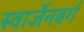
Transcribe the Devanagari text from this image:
स्वार्जेनबर्ग